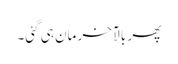
پھر بالآخر مان ہی گئی۔